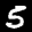
Label: 5